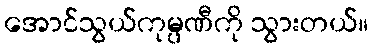
အောင်သွယ်ကုမ္ပဏီကို သွားတယ်။